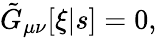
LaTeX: \tilde{G}_{\mu\nu}[\xi|s]=0,